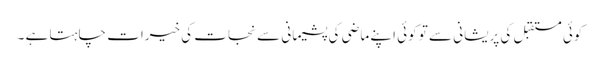
کوئی مستقبل کی پریشانی سے تو کوئی اپنے ماضی کی پشیمانی سے نجات کی خیرات چاہتا ہے ۔